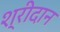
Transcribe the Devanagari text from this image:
श्रीदान